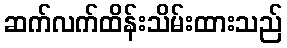
ဆက်လက်ထိန်းသိမ်းထားသည်